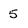
Character: 5